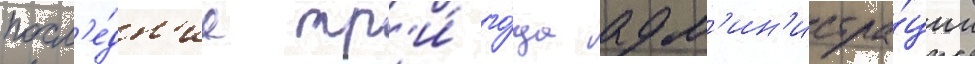
посл'е́дн'ие тр'и́ го́да адм'ин'истра́ции